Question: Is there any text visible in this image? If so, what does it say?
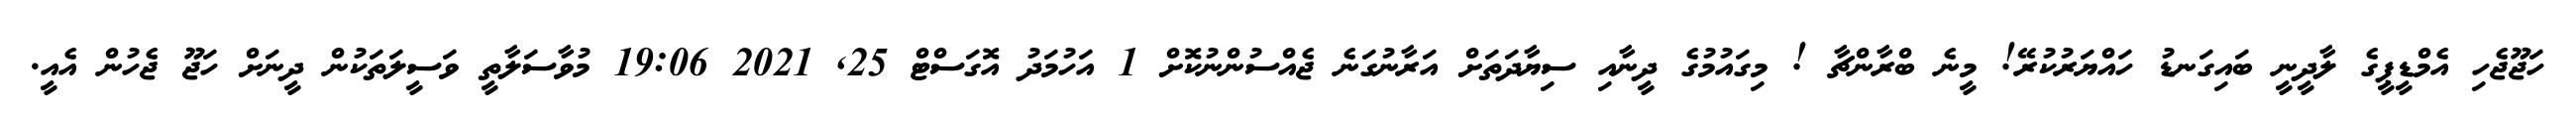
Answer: ހަޖޫޖެހި އެމްޑީޕީގެ ލާދީނީ ބައިގަނޑު ހައްޔަރުކުރޭ! މީނެ ބްރާންޗާ ! މިގައުމުގެ ދީނާއި ސިޔާދަތަށް އަރާނުގަނެ ޖެއްސުންނުކޮށް 1 އަހުމަދު އޮގަސްޓް 25, 2021 19:06 މުވާސަލާތީ ވަސީލަތަކުން ދީނަށް ހަޖޫ ޖެހުން އެއީ.